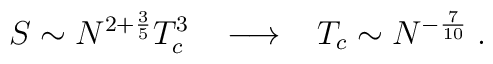
S \sim N^{2 + \frac{3}{5}} T_c^3 \; \; \; \longrightarrow \; \; \;T_c \sim N^{- \frac{7}{10}} \; .